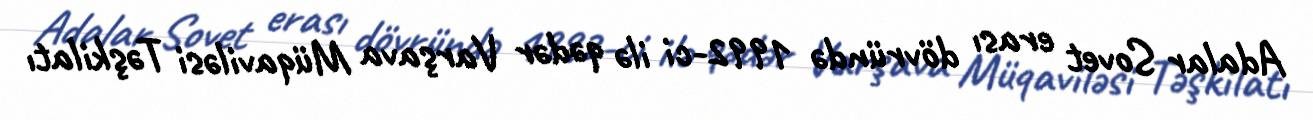
Adalar Sovet erası dövründə 1992-ci ilə qədər Varşava Müqaviləsi Təşkilatı